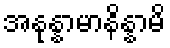
အနုန္နာမာနိန္နာမိ